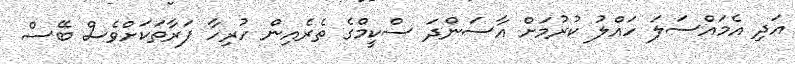
އަދި އެމައްސަލަ ހައްލު ކުރުމަށް އާސަންދަ ސްކީމްގެ ތެރެއިން ހުރިހާ ފަރާތަކަށްވެސް ބޭސް